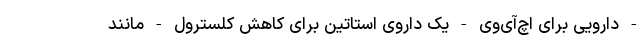
- دارویی برای اچ‌آی‌وی - یک داروی استاتین برای کاهش کلسترول - مانند